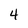
Character: 4